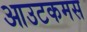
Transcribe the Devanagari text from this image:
आउटकमस